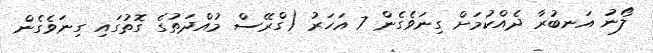
ލޯނު އަނބުރާ ދެއްކުމަށް ގިނަވެގެން 7 އަހަރު (ގްރޭސް މުއްދަތުގެ ގޮތުގައި ގިނަވެގެން